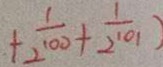
+ \frac { 1 } { 2 ^ { 1 0 0 } } + \frac { 1 } { 2 ^ { 1 0 1 } }